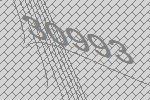
30993